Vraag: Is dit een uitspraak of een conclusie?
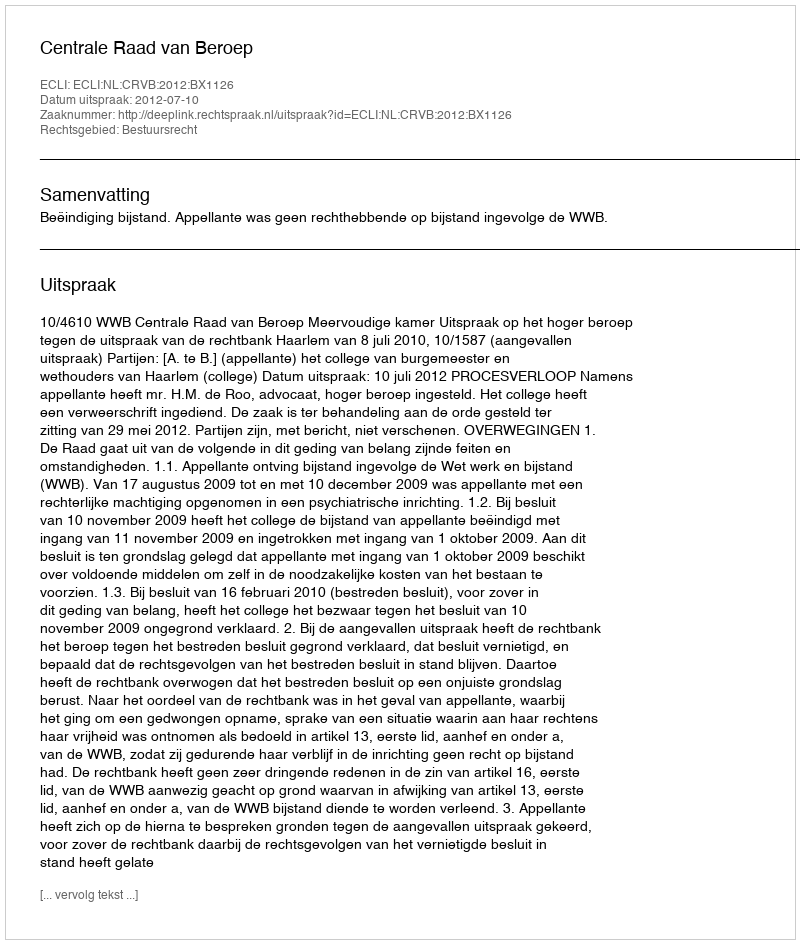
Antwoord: Uitspraak